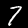
Digit: 7